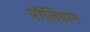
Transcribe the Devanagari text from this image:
पॉलिग्राम